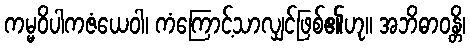
ကမ္မဝိပါကဇံယေဝါ၊ ကံကြောင့်သာလျှင်ဖြစ်၏ဟု။ အဘိဓာဝန္တိ၊